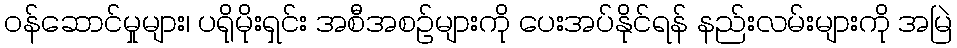
ဝန်ဆောင်မှုများ၊ ပရိုမိုးရှင်း အစီအစဉ်များကို ပေးအပ်နိုင်ရန် နည်းလမ်းများကို အမြဲ